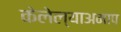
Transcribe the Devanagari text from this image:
केलेल्याअमाप